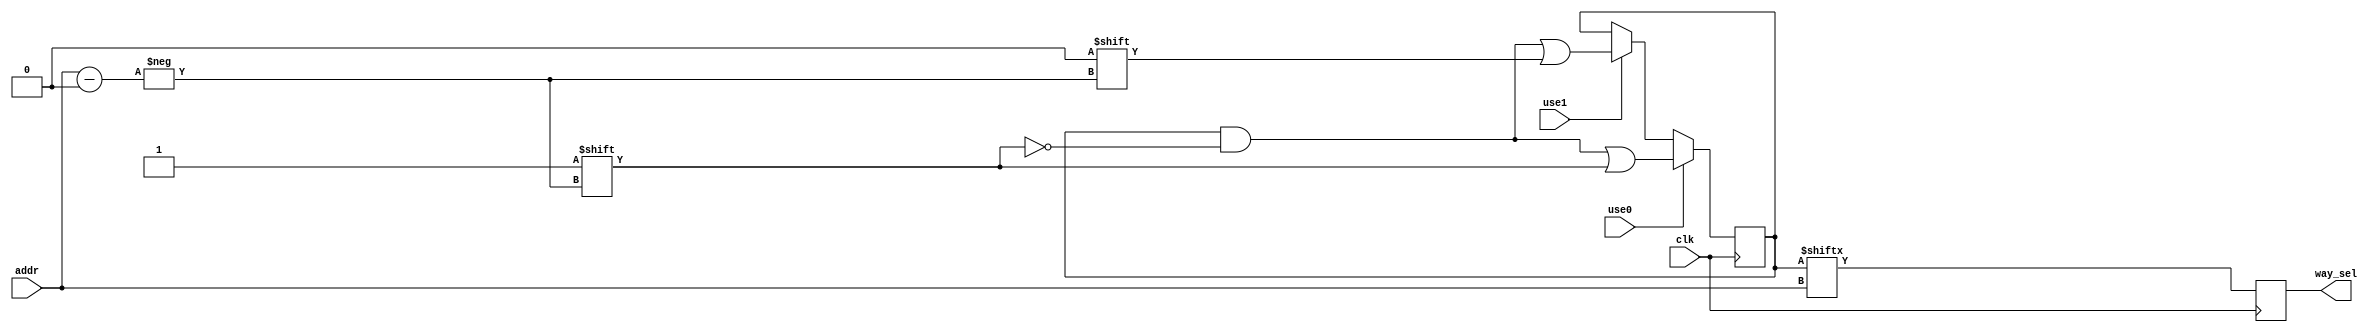
`timescale 1ns / 1ps
//////////////////////////////////////////////////////////////////////////////////
// Company: 
// Engineer: 
// 
// Design Name: 
// Module Name: Icache_lru
// Project Name: 
// Target Devices: 
// Tool Versions: 
// Description: 
// 
// Dependencies: 
// 
// Revision:
// Revision 0.01 - File Created
// Additional Comments:
// 
//////////////////////////////////////////////////////////////////////////////////


module Icache_lru#(
    parameter   addr_width=4,
                way=2
)
(
    input       clk,
    input       use0,use1,
    input       [addr_width-1:0]addr,
    output reg  way_sel
    );
reg [(1<<addr_width)-1:0]record;
always @(posedge clk)begin
    way_sel <= record[addr];//
    if(use0)record[addr]<=1;
    else if(use1)record[addr]<=0;
end   
endmodule